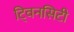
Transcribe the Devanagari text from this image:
टि्वनसिटी